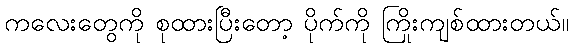
ကလေးတွေကို စုထားပြီးတော့ ပိုက်ကို ကြိုးကျစ်ထားတယ်။